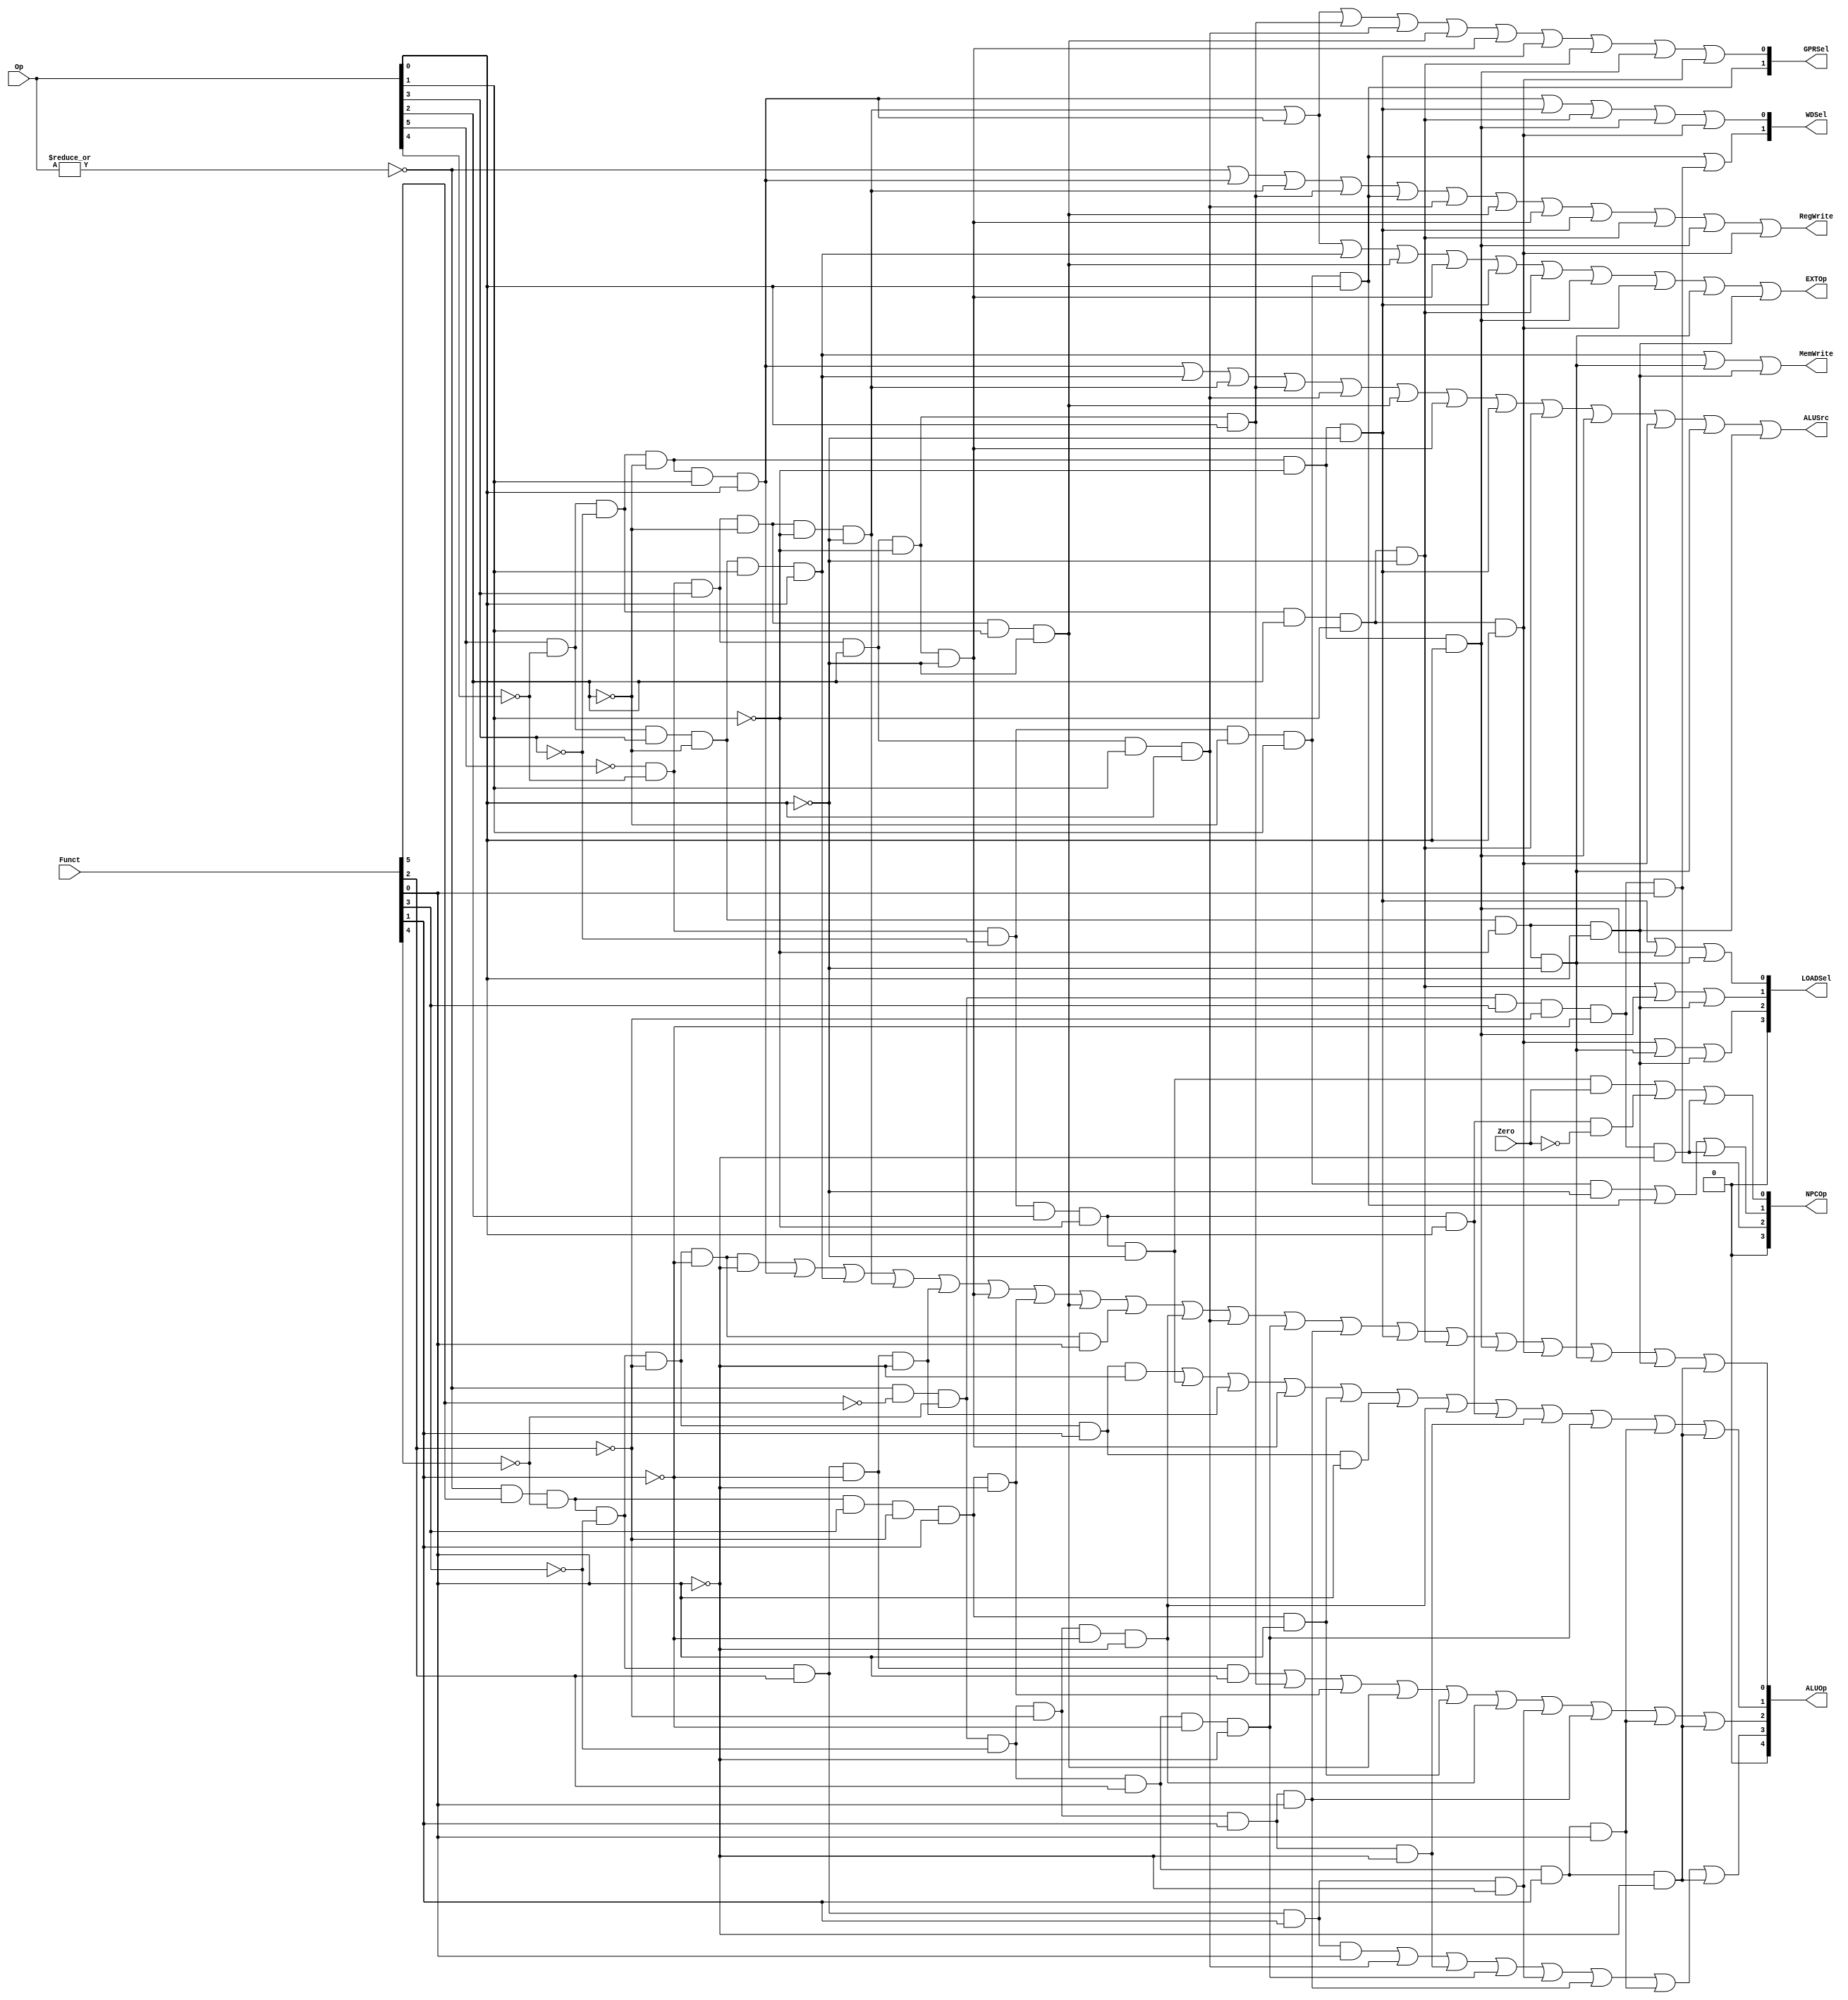
// `include "ctrl_encode_def.v"


module ctrl(Op, Funct, Zero, 
            RegWrite, MemWrite,
            EXTOp, ALUOp, NPCOp, 
            ALUSrc, GPRSel, WDSel, LOADSel
            );
            
   input  [5:0] Op;       // opcode
   input  [5:0] Funct;    // funct
   input        Zero;
   
   output       RegWrite; // control signal for register write
   output       MemWrite; // control signal for memory write
   output       EXTOp;    // control signal to signed extension
   output [4:0] ALUOp;    // ALU opertion
   output [3:0] NPCOp;    // next pc operation
   output       ALUSrc;   // ALU source for B

   output [1:0] GPRSel;   // general purpose register selection
   output [1:0] WDSel;    // (register) write data selection
   output [3:0] LOADSel; // lw lb lbu ...
  // r format
   wire rtype  = ~|Op;
   wire i_add  = rtype& Funct[5]&~Funct[4]&~Funct[3]&~Funct[2]&~Funct[1]&~Funct[0]; // add
   wire i_sub  = rtype& Funct[5]&~Funct[4]&~Funct[3]&~Funct[2]& Funct[1]&~Funct[0]; // sub
   wire i_and  = rtype& Funct[5]&~Funct[4]&~Funct[3]& Funct[2]&~Funct[1]&~Funct[0]; // and
   wire i_or   = rtype& Funct[5]&~Funct[4]&~Funct[3]& Funct[2]&~Funct[1]& Funct[0]; // or
   wire i_slt  = rtype& Funct[5]&~Funct[4]& Funct[3]&~Funct[2]& Funct[1]&~Funct[0]; // slt
   wire i_sltu = rtype& Funct[5]&~Funct[4]& Funct[3]&~Funct[2]& Funct[1]& Funct[0]; // sltu
   wire i_addu = rtype& Funct[5]&~Funct[4]&~Funct[3]&~Funct[2]&~Funct[1]& Funct[0]; // addu
   wire i_subu = rtype& Funct[5]&~Funct[4]&~Funct[3]&~Funct[2]& Funct[1]& Funct[0]; // subu
   wire i_sll  = rtype&~Funct[5]&~Funct[4]&~Funct[3]&~Funct[2]&~Funct[1]&~Funct[0]; // sll
   wire i_nor  = rtype& Funct[5]&~Funct[4]&~Funct[3]& Funct[2]& Funct[1]& Funct[0]; // nor
   wire i_srl  = rtype&~Funct[5]&~Funct[4]&~Funct[3]&~Funct[2]& Funct[1]&~Funct[0]; // srl
   wire i_sllv = rtype&~Funct[5]&~Funct[4]&~Funct[3]& Funct[2]&~Funct[1]&~Funct[0]; // sllv
   wire i_jr   = rtype&~Funct[5]&~Funct[4]& Funct[3]&~Funct[2]&~Funct[1]&~Funct[0]; // jr
   wire i_jalr = rtype&~Funct[5]&~Funct[4]& Funct[3]&~Funct[2]&~Funct[1]& Funct[0]; // jalr
   wire i_xor  = rtype& Funct[5]&~Funct[4]&~Funct[3]& Funct[2]& Funct[1]&~Funct[0]; // xor
   wire i_sra  = rtype&~Funct[5]&~Funct[4]&~Funct[3]&~Funct[2]& Funct[1]& Funct[0]; // sra
   wire i_srav = rtype&~Funct[5]&~Funct[4]&~Funct[3]& Funct[2]& Funct[1]& Funct[0]; // srav
   wire i_srlv = rtype&~Funct[5]&~Funct[4]&~Funct[3]& Funct[2]& Funct[1]&~Funct[0]; // srlv
  // i format
   wire i_addi = ~Op[5]&~Op[4]& Op[3]&~Op[2]&~Op[1]&~Op[0]; // addi
   wire i_ori  = ~Op[5]&~Op[4]& Op[3]& Op[2]&~Op[1]& Op[0]; // ori
   wire i_lw   =  Op[5]&~Op[4]&~Op[3]&~Op[2]& Op[1]& Op[0]; // lw
   wire i_sw   =  Op[5]&~Op[4]& Op[3]&~Op[2]& Op[1]& Op[0]; // sw
   wire i_beq  = ~Op[5]&~Op[4]&~Op[3]& Op[2]&~Op[1]&~Op[0]; // beq
   wire i_lui  = ~Op[5]&~Op[4]& Op[3]& Op[2]& Op[1]& Op[0]; // lui
   wire i_slti = ~Op[5]&~Op[4]& Op[3]&~Op[2]& Op[1]&~Op[0]; // slti
   wire i_andi = ~Op[5]&~Op[4]& Op[3]& Op[2]&~Op[1]&~Op[0]; // andi
   wire i_lb   =  Op[5]&~Op[4]&~Op[3]&~Op[2]&~Op[1]&~Op[0]; // lb
   wire i_lbu  =  Op[5]&~Op[4]&~Op[3]& Op[2]&~Op[1]&~Op[0]; // lbu
   wire i_lh   =  Op[5]&~Op[4]&~Op[3]&~Op[2]&~Op[1]& Op[0]; // lh
   wire i_lhu  =  Op[5]&~Op[4]&~Op[3]& Op[2]&~Op[1]& Op[0]; // lhu
   wire i_sb   =  Op[5]&~Op[4]& Op[3]&~Op[2]&~Op[1]&~Op[0]; // sb
   wire i_sh   =  Op[5]&~Op[4]& Op[3]&~Op[2]&~Op[1]& Op[0]; // sh
  // j format
   wire i_j    = ~Op[5]&~Op[4]&~Op[3]&~Op[2]& Op[1]&~Op[0];  // j
   wire i_jal  = ~Op[5]&~Op[4]&~Op[3]&~Op[2]& Op[1]& Op[0];  // jal
   wire i_bne  = ~Op[5]&~Op[4]&~Op[3]& Op[2]&~Op[1]& Op[0];  // bne
  // generate control signals
  assign RegWrite   = rtype | i_lw | i_addi | i_ori | i_jal | i_lui | i_slti | i_andi | i_lb | i_lbu | i_lh | i_lhu; // register write
  
  assign MemWrite   = i_sw | i_sb | i_sh;                           // memory write
  assign ALUSrc     = i_lw | i_sw | i_addi | i_ori | i_lui | i_slti | i_andi | i_lb | i_lbu | i_lh | i_lhu | i_sb | i_sh;   // ALU B is from instruction immediate
  assign EXTOp      = i_addi | i_lw | i_sw | i_slti | i_andi | i_lb | i_lbu | i_lh | i_lhu | i_sb | i_sh;           // signed extension

  // GPRSel_RD   2'b00
  // GPRSel_RT   2'b01
  // GPRSel_31   2'b10
  assign GPRSel[0] = i_lw | i_addi | i_ori |i_lui | i_slti | i_andi | i_lb | i_lbu | i_lh | i_lhu;
  assign GPRSel[1] = i_jal;
  
  // WDSel_FromALU 2'b00
  // WDSel_FromMEM 2'b01
  // WDSel_FromPC  2'b10 
  assign WDSel[0] = i_lw | i_lb | i_lbu | i_lh | i_lhu;
  assign WDSel[1] = i_jal | i_jalr;

  // NPC_PLUS4   4'b000
  // NPC_BRANCH  4'b001
  // NPC_JUMP    4'b010
  // NPC_JR      4'b011
  // NPC_JALR    4'b100
  assign NPCOp[0] = (i_beq & Zero) | (i_bne &~Zero) | i_jr;
  assign NPCOp[1] = i_j | i_jal | i_jr;
  assign NPCOp[2] = i_jalr;
  assign NPCOp[3] = 0;
  // ALU_NOP   5'b000
  // ALU_ADD   5'b001
  // ALU_SUB   5'b010
  // ALU_AND   5'b011
  // ALU_OR    5'b100
  // ALU_SLT   5'b101
  // ALU_SLTU  5'b110
  // ALU_SLL   5'b111
  // ALU_NOR   5'b1000
  // ALU_LUI   5'b1001
  // ALU_SRL   5'b1010
  // ALU_SLLV  5'b1011
  // ALU_XOR   5'b1100
  // ALU_SRA   5'b1101
  // ALU_SRAV  5'b1110
  // ALU_SRLV  5'b1111
  assign ALUOp[0] = i_add | i_lw | i_sw | i_addi | i_and | i_andi | i_slt | i_slti | i_addu | i_sll | i_lui | i_sllv | i_sra | i_lb | i_lbu | i_lh | i_lhu | i_sb | i_sh | i_srlv;
  assign ALUOp[1] = i_sub | i_beq | i_and | i_andi | i_sltu | i_subu | i_sll | i_bne | i_srl | i_sllv | i_srav | i_srlv;
  assign ALUOp[2] = i_or | i_ori | i_slt | i_slti | i_sltu | i_sll | i_xor | i_sra | i_srav | i_srlv;
  assign ALUOp[3] = i_nor | i_lui | i_srl | i_sllv | i_xor | i_sra | i_srav | i_srlv;
  assign ALUOp[4] = 0;
  // lw     4'b0000
  // lb     4'b0001
  // lbu    4'b0010
  // lh     4'b0011
  // lhu    4'b0100
  // sb     4'b0101
  // sh     4'b0110
  assign LOADSel[0] = i_lb | i_lh | i_sb;
  assign LOADSel[1] = i_lbu | i_lh | i_sh;
  assign LOADSel[2] = i_lhu | i_sb | i_sh;
  assign LOADSel[3] = 0;
endmodule